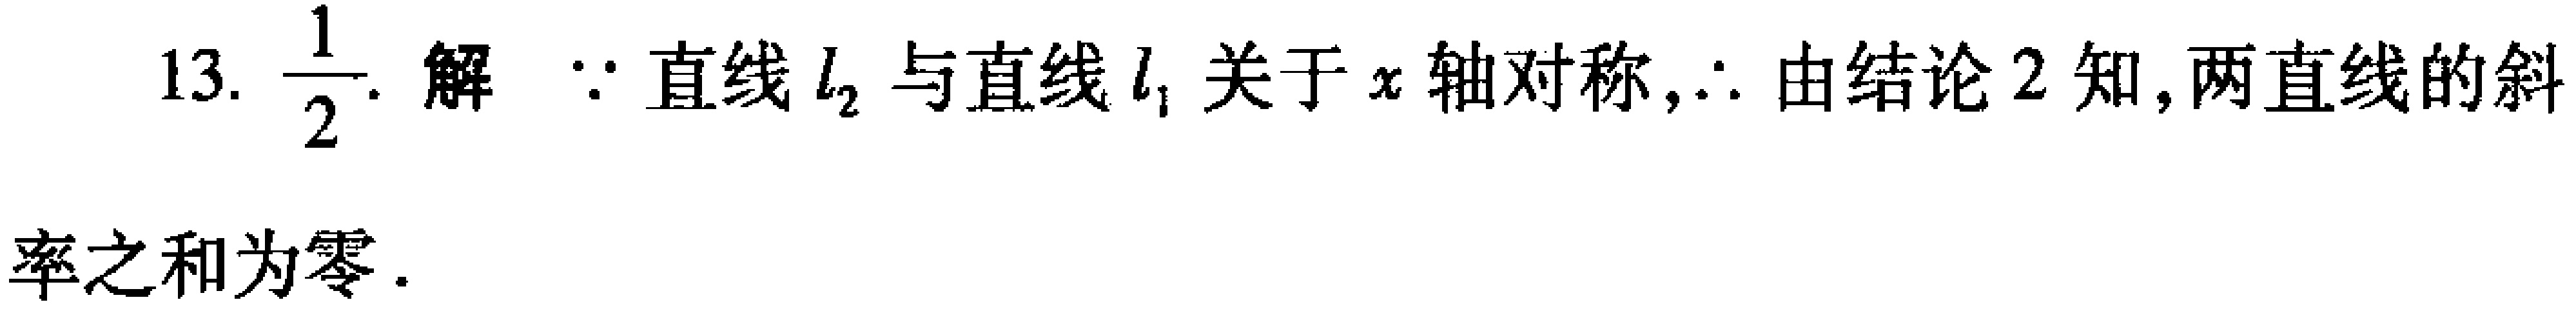
13. $\frac{1}{2}$. 解 $\because$ 直线 $l_{2}$ 与直线 $l_{1}$ 关于 $x$ 轴对称,$\therefore$ 由结论 2 知,两直线的斜
率之和为零.